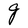
Character: g